Development of the Leishman-Donovan parasite in Cimex rotundatus - Number 31
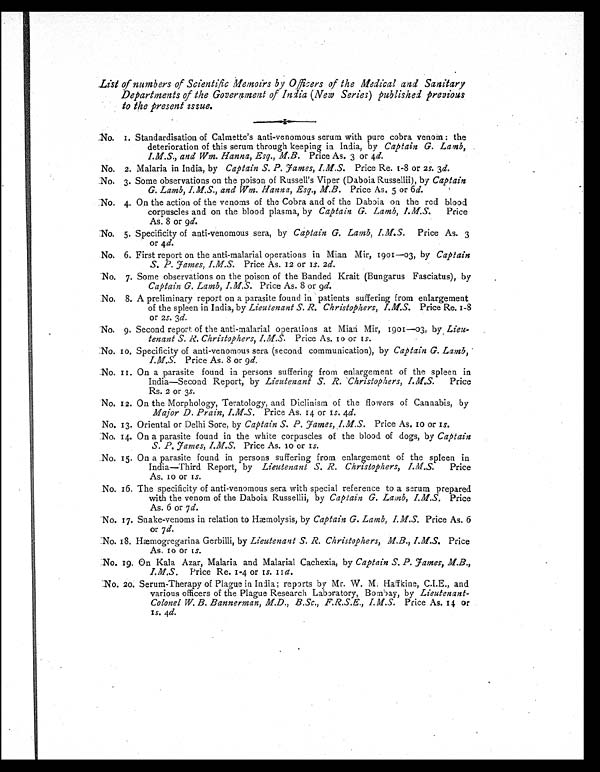
List of numbers of Scientific Memoirs by Officers of the Medical and Sanitary
Departments of the Government of India (New Series) published previous
to the present issue.
No. 1. Standardisation of Calmette's anti-venomous serum with pure cobra venom : the
deterioration of this serum through keeping in India, by Captain G. Lamb,
I.M.S., and Wm. Hanna, Esq., M.B. Price As. 3 or 4 d.
No. 2. Malaria in India, by Captain S. P. J ames, I.M.S. Price Re. 1-8 or 2 s. 3d.
No. 3. Some observations on the poison of Russell's Viper (Daboia Russellii), by Captain
G. Lamb, I.M.S., and Wm. Hanna, Esq., M.B. Price As. 5 or 6 d.
No. 4. On the action of the venoms of the Cobra and of the Daboia on the red blood
corpuscles and on the blood plasma, by Captain G. Lamb, I.M.S. Price
As. 8 or 9 d.
No. 5. Specificity of anti-venomous sera, by Captain G. Lamb, I.M.S. Price As. 3
or 4 d.
No. 6. First report on the anti-malarial operations in Mian Mir, 1901—03, by Captain
S. P. James, I.M.S. Price As. 12 or 1s. 2d.
No. 7. Some observations on the poison of the Banded Krait (Bungarus Fasciatus), by
Captain G. Lamb, I.M.S. Price As. 8 or 9 d.
No. 8. A preliminary report on a parasite found in patients suffering from enlargement
of the spleen in India, by Lieutenant S. R. Christophers, I.M.S. Price Re. 1-8
or 2s. 3 d.
No. 9. Second report of the anti-malarial operations at Miari Mir, 1901-03, by Lieu-
tenant S. R. Christophers, I.M.S. Price As. 10 or 1s.
No. 10. Specificity of anti-venomous sera (second communication), by Captain G. Lamb,
I.M.S. Price As. 8 or 9d.
No. 11. On a parasite found in persons suffering from enlargement of the spleen in
India—Second Report, by Lieutenant S. R. Christophers, I.M.S. Price
Rs. 2 or 3s.
No. 12. On the Morphology, Teratology, and Diclinism of the flowers of Cannabis, by
Major D. Prain, I.M.S. Price As. 14 or 1s. 4d.
No. 13. Oriental or Delhi Sore, by Captain S. P. J ames, I.M.S. Price As. 10 or 1s.
No. 14. On a parasite found in the white corpuscles of the blood of dogs, by Captain
S. P. James, I.M.S. Price As. 10 or 1s.
No. 15. On a parasite found in persons suffering from enlargement of the spleen in
India—Third Report, by Lieutenant S. R. Christophers, I.M.S. Price
As. 10 or 1s.
No. 16. The specificity of anti-venomous sera with special reference to a serum prepared
with the venom of the Daboia Russellii, by Captain G. Lamb, I.M.S. Price
As. 6 or 7d.
No. 17. Snake-venoms in relation to Hæmolysis, by Captain G. Lamb, I.M.S. Price As. 6
or 7d.
No. 18. Hæmogregarina Gerbilli, by Lieutenant S. R. Christophers, M.B., I.M.S. Price
As. 10 or 1s.
No. 19. On Kala Azar, Malaria and Malarial Cachexia, by Captain S. P. James, M.B.,
I.M.S. Price Re. 1-4 or 1s. 11d.
No. 20. Serum-Therapy of Plague in India ; reports by Mr. W. M. Haffkine, C.I.E., and
various officers of the Plague Research Laboratory, Bombay, by Lieutenant-
Colonel W. B. Bannerman, M.D., B.Sc., F.R.S.E., I.M.S. Price As. 14 or
1s. 4d.